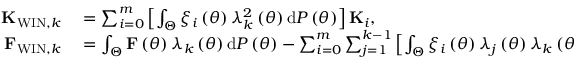
\begin{array} { r l } { { \bf K } _ { \mathrm { W I N } , k } } & { { } = \sum _ { i = 0 } ^ { m } \left[ \int _ { \Theta } \xi _ { i } \left( \theta \right) \lambda _ { k } ^ { 2 } \left( \theta \right) \mathrm { d } { \cal P } \left( \theta \right) \right] { \bf K } _ { i } , } \\ { { \bf F } _ { \mathrm { W I N } , k } } & { { } = \int _ { \Theta } { \bf F } \left( \theta \right) \lambda _ { k } \left( \theta \right) \mathrm { d } { \cal P } \left( \theta \right) - \sum _ { i = 0 } ^ { m } \sum _ { j = 1 } ^ { k - 1 } \left[ \int _ { \Theta } \xi _ { i } \left( \theta \right) \lambda _ { j } \left( \theta \right) \lambda _ { k } \left( \theta \right) \mathrm { d } { \cal P } \left( \theta \right) \right] { \bf K } _ { i } { \bf d } _ { \mathrm { W I N } , j } , } \end{array}